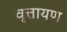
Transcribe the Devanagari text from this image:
वृत्तायण